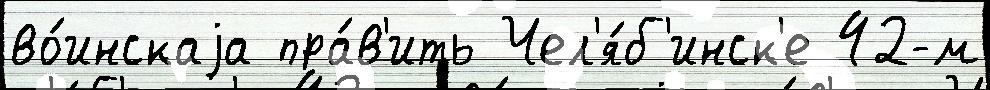
во́инскаjа пра́в'ить Чел'я́б'инск'е 42-м